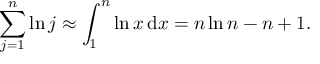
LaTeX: \sum _ { j = 1 } ^ { n } \ln j \approx \int _ { 1 } ^ { n } \ln x \, \mathrm { { d } } x = n \ln n - n + 1 .